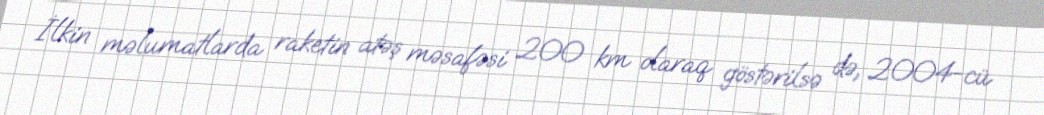
İlkin məlumatlarda raketin atəş məsafəsi 200 km olaraq göstərilsə də, 2004-cü